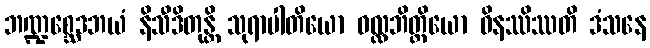
ဘဏ္ဍစ္ဆေဒဘယံ နိသီဒိတုန္တိ သုရာပါတိယော ဝလ္လဘိတ္ထိယော ဝိနဿိဿတိ ဒံသနေ